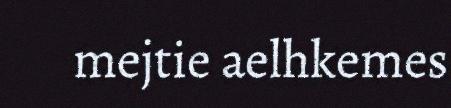
mejtie aelhkemes